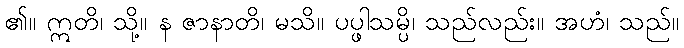
၏။ ဣတိ၊ သို့။ န ဇာနာတိ၊ မသိ။ ပပ္ဖါသမ္ပိ၊ သည်လည်း။ အဟံ၊ သည်။